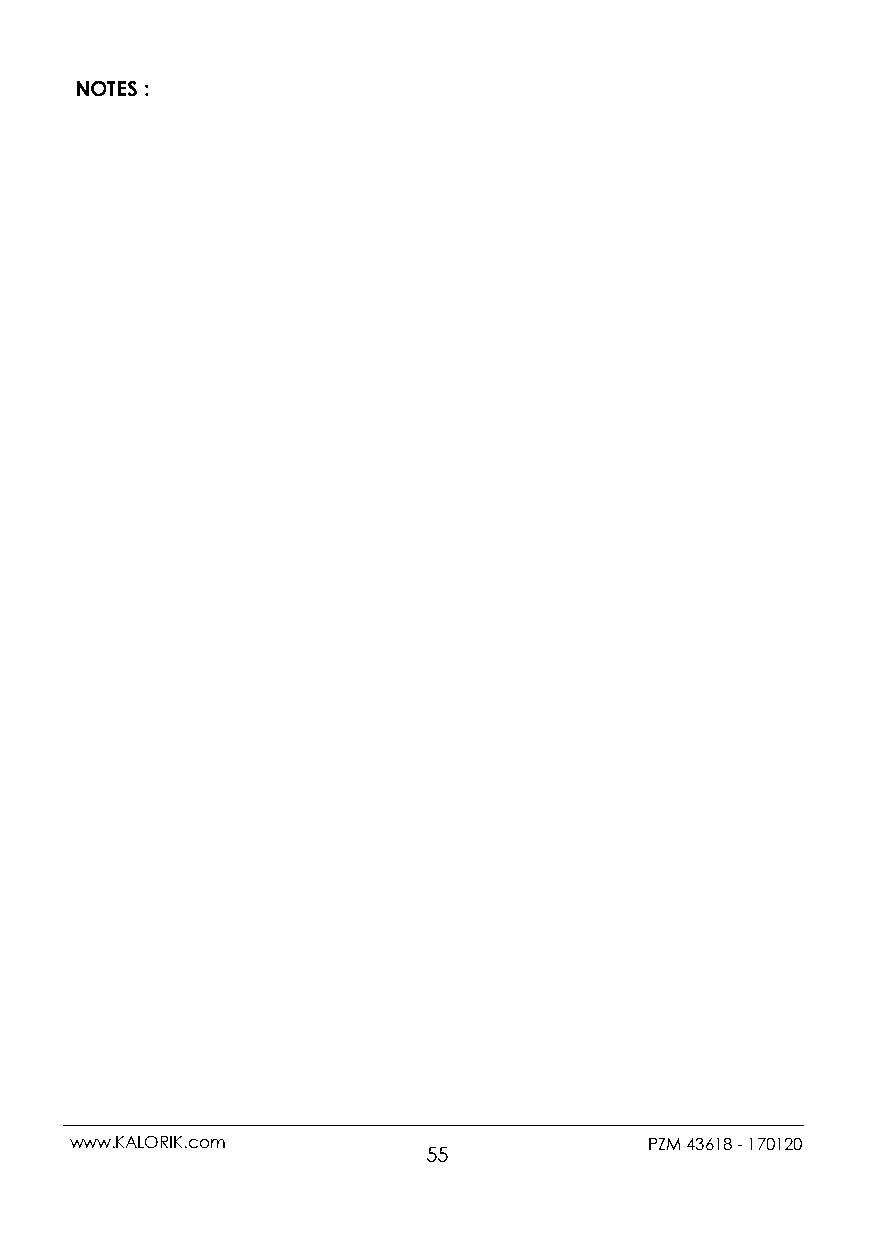
NOTES :
 www.KALORIK.com                       PZM 43618 - 170120
 55